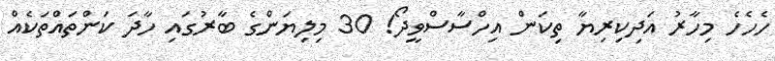
ހެހެހެ މިހާރު އަދިކިރިޔާ ތިކަން އިހްސާސްވީދޯ! 30 މިލިޔަންގެ ބާރުގައި ހާދަ ކަންތައްތަކެއް